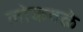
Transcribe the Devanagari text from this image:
लोकवळे